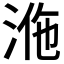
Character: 𣴾